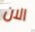
الان